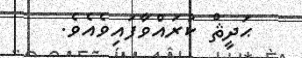
ޙަދީޘް ކުރައްވާފައިވެއެވެ.